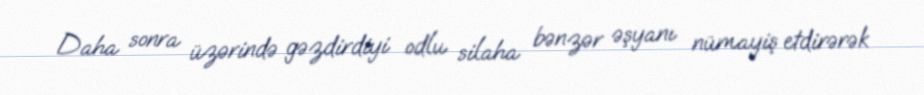
Daha sonra üzərində gəzdirdiyi odlu silaha bənzər əşyanı nümayiş etdirərək